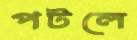
পটলে